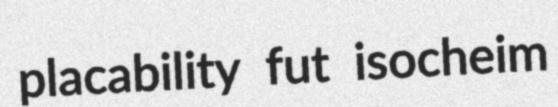
placability fut isocheim